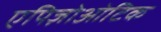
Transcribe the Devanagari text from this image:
एपिज़ोओटिक